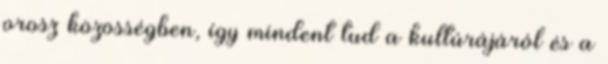
orosz közösségben, így mindent tud a kultúrájáról és a